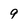
Character: 9